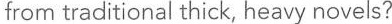
from traditional thick, heavy novels?